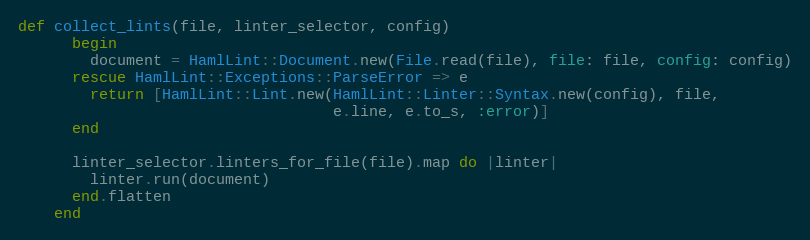
Language: Ruby
def collect_lints(file, linter_selector, config)
      begin
        document = HamlLint::Document.new(File.read(file), file: file, config: config)
      rescue HamlLint::Exceptions::ParseError => e
        return [HamlLint::Lint.new(HamlLint::Linter::Syntax.new(config), file,
                                   e.line, e.to_s, :error)]
      end

      linter_selector.linters_for_file(file).map do |linter|
        linter.run(document)
      end.flatten
    end